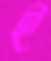
ই